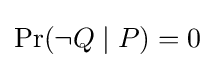
\Pr(\lnot Q\mid P)=0